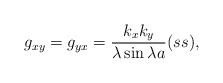
\begin{align*}g_{xy}=g_{yx}={k_xk_y\over\lambda\sin\lambda a}(ss),\end{align*}